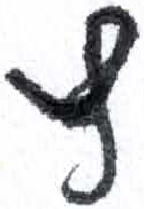
אות: ץ